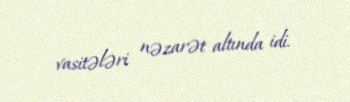
vasitələri nəzarət altında idi.